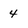
Character: 4